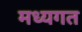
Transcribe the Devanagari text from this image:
मध्यगत